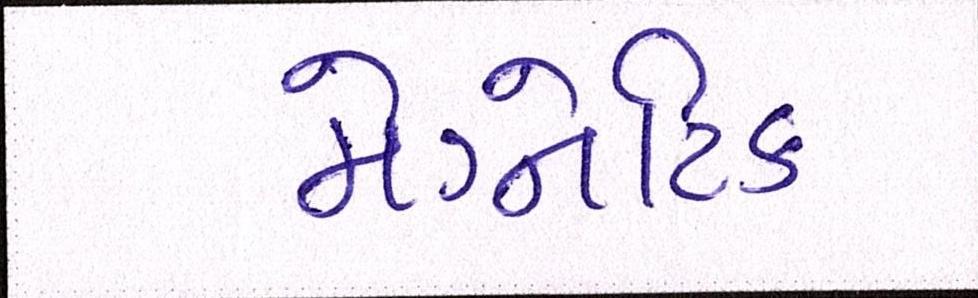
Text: મેગ્નેટિક